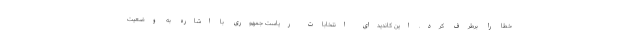
خطا را برطرف کرد. این کاندیدای انتخابات ریاست جمهوری با اشاره به وضعیت